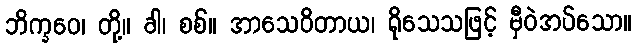
ဘိက္ခဝေ၊ တို့။ ခါ၊ စစ်။ အာသေဝိတာယ၊ ရိုသေသဖြင့် မှီဝဲအပ်သော။